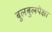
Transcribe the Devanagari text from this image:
बुलबुलपेक्षा